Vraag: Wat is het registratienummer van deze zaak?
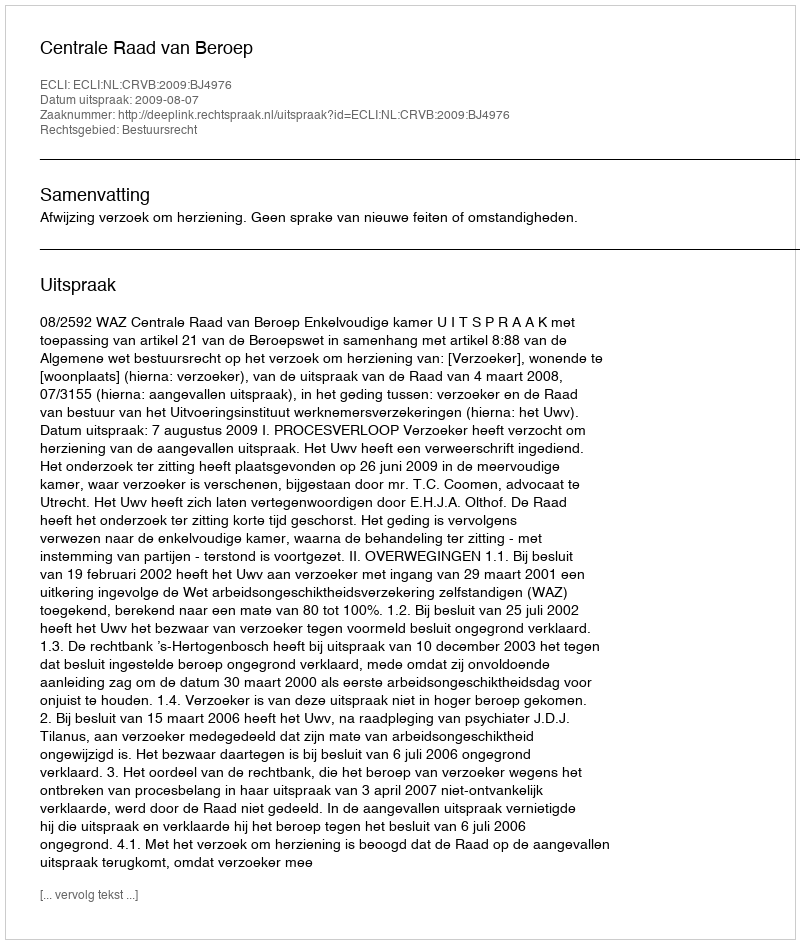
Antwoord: http://deeplink.rechtspraak.nl/uitspraak?id=ECLI:NL:CRVB:2009:BJ4976